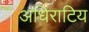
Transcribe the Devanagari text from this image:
अधिराटिय